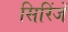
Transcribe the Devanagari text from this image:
सिरिंजें